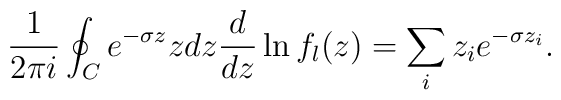
{1\over 2\pi i}\oint_C e^{-\sigma z}zdz{d\over dz}\ln f_l(z)=\sum_iz_i e^{-\sigma z_i}.